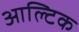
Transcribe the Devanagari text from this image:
आल्टिक